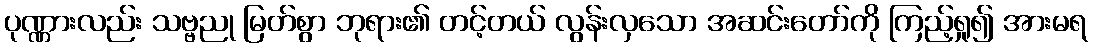
ပုဏ္ဏားလည်း သဗ္ဗညု မြတ်စွာ ဘုရား၏ တင့်တယ် လွန်းလှသော အဆင်းတော်ကို ကြည့်ရှု၍ အားမရ